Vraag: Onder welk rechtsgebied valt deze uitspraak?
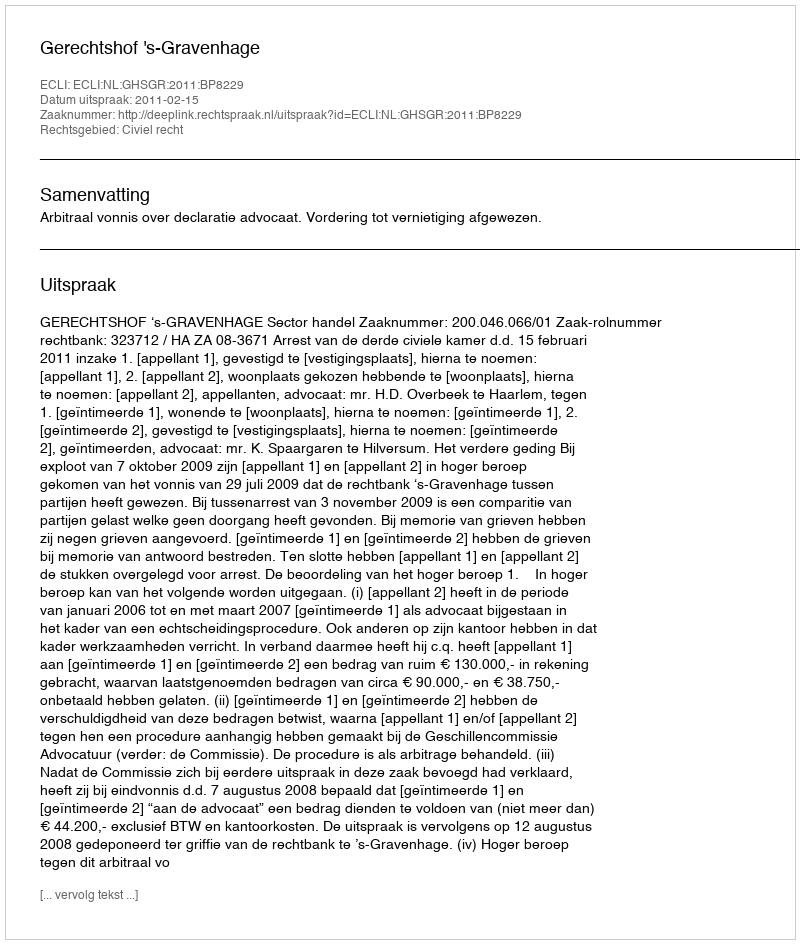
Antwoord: Civiel recht